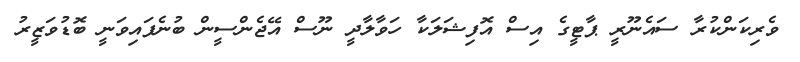
ވެރިކަންކުރާ ސައެނޫރީ ޕާޓީގެ އިސް އޮފިޝަލަކާ ހަވާލާދީ ނޫސް އޭޖެންސީން ބުނެފައިވަނީ ބޮޑުވަޒީރު